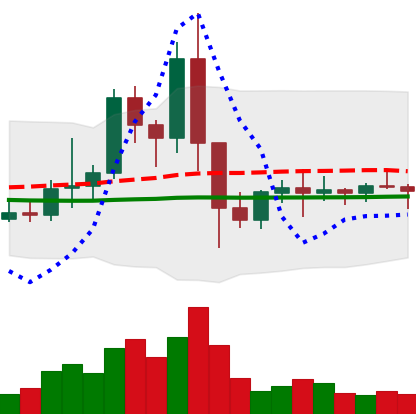
Ticker: EOS-USD
Chart end date: 2021-01-20
Forward return: -4.485%
Label: down_3_5